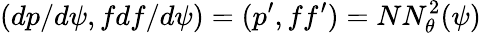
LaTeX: (dp/d\psi,fdf/d\psi)=(p^{\prime},ff^{\prime})=NN_{\theta}^{2}(\psi)